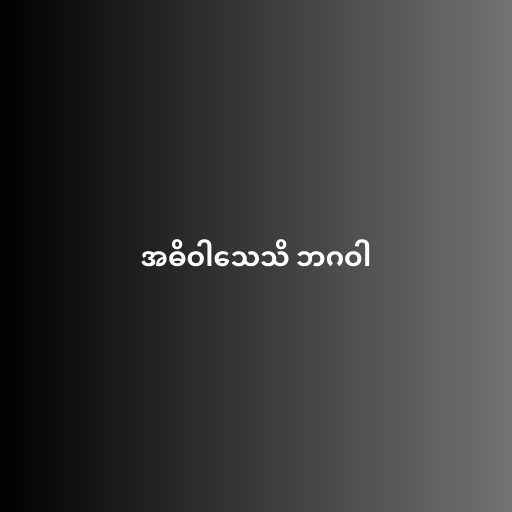
အဓိဝါသေသိ ဘဂဝါ